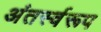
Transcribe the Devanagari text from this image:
अंतर्स्वरूप